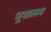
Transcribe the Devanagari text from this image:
भूपालम